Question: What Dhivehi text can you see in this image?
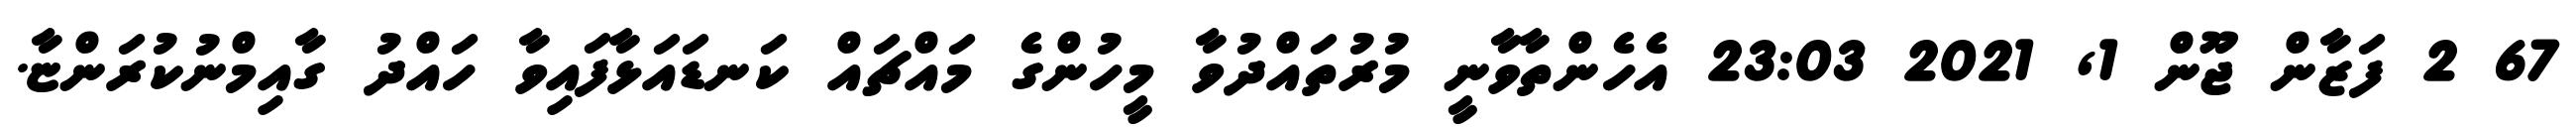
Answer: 67 2 ފަޒާން ޖޫން 1, 2021 23:03 އެހެންތާވާނީ މުރުތައްދުވާ މީހުންގެ މައްޗައް ކަނޑައަޅާފައިވާ ހައްދު ގާއިމްނުކުރަންޏާ.